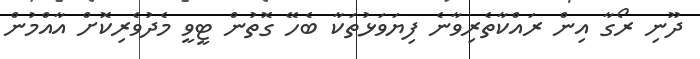
ދޫނި ރޯގާ އިން ރައްކާތެރިވާނެ ފިޔަވަޅުތަކާ ބެހޭ ގޮތުން ޓީވީ މެދުވެރިކޮށް އާއްމުން